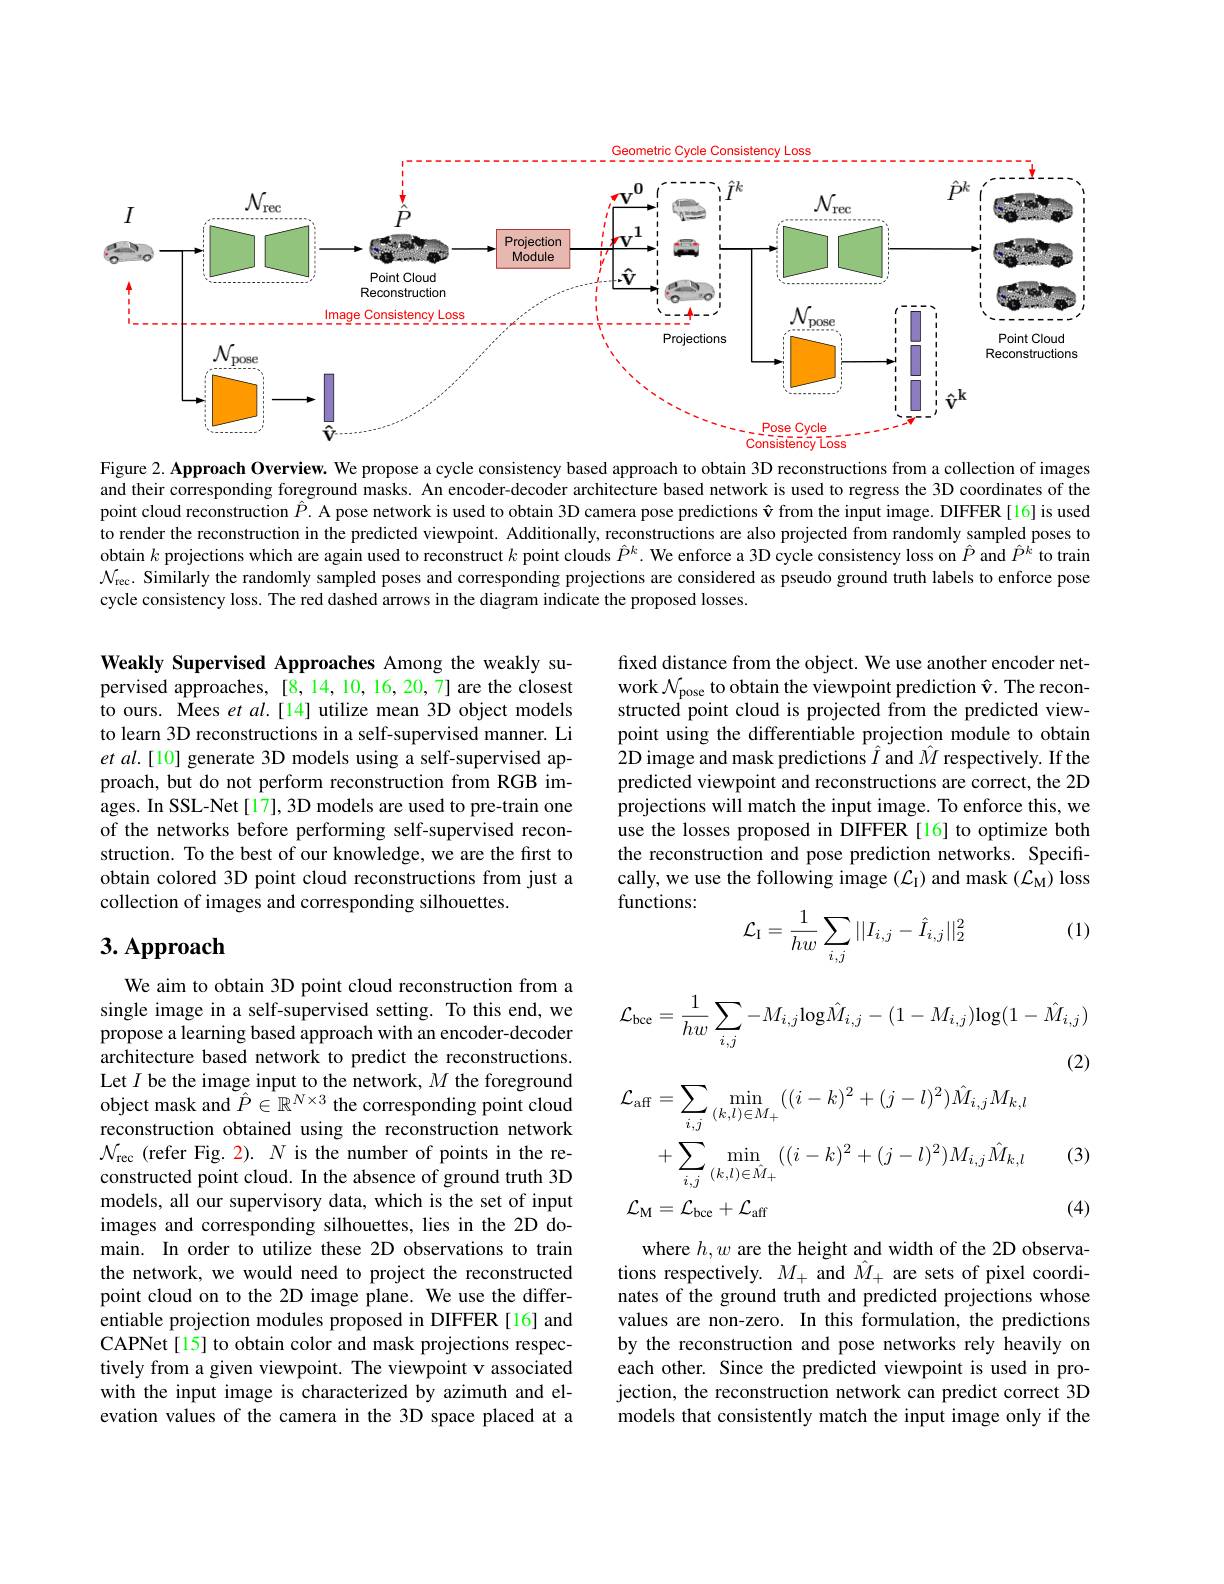
<FigureHere>
Figure 2. Approach Overview. We propose a cycle consistency based approach to obtain 3D reconstructions from a collection of images

and their corresponding foreground masks. An encoder-decoder architecture based network is used to regress the 3D coordinates of the point cloud reconstruction $\hat{P}.$ A pose network is used to obtain 3D camera pose predictions $\hat{\mathbf{v}}$ from the input image. DIFFER[16] is used to render the reconstruction in the predicted viewpoint. Additionally, reconstructions are also projected from randomly sampled poses to obtain $k$ projections which are again used to reconstruct $k$ point clouds $\hat{P}^k.$ We enforce a 3D cycle consistency loss on $\hat{P}$ and $\hat{P}^k$ to train $\mathcal{N}_\mathrm{rec}.$ Similarly the randomly sampled poses and corresponding projections are considered as pseudo ground truth labels to enforce pose cycle consistency loss. The red dashed arrows in the diagram indicate the proposed losses.

fixed distance from the object. We use another encoder network $\mathcal{N}_\mathrm{pose}$ to obtain the viewpoint prediction $\hat{\mathbf{v}}.$ The reconstructed point cloud is projected from the predicted viewpoint using the differentiable projection module to obtain 2D image and mask predictions $\hat{I}$ and $\hat{M}$ respectively. If the predicted viewpoint and reconstructions are correct, the 2D projections will match the input image. To enforce this, we use the losses proposed in DIFFER [16] to optimize both the reconstruction and pose prediction networks. Specifically, we use the following image $(\mathcal{L}_{\mathrm{I}})$ and mask $(\mathcal{L}_{\mathrm{M}})$ loss functions:

Weakly Supervised Approaches Among the weakly supervised approaches, [8,14,10,16,20,7] are the closest to ours. Mees et al.[14] utilize mean 3D object models to learn 3D reconstructions in a self-supervised manner. Li $etal.[10]$ generate 3D models using a self-supervised approach, but do not perform reconstruction from RGB images. In SSL-Net[17], 3D models are used to pre-train one of the networks before performing self-supervised reconstruction. To the best of our knowledge, we are the first to obtain colored 3D point cloud reconstructions from just a collection of images and corresponding silhouettes.

(1)
$$\mathcal{L}_\mathrm{I}=\frac{1}{hw}\sum_{i,j}||I_{i,j}-\hat{I}_{i,j}||_2^2$$
# $3. \textbf{Approach}$
$$\mathcal{L}_{\mathrm{bce}}=\frac{1}{hw}\sum_{i,j}-M_{i,j}\mathrm{log}\hat{M}_{i,j}-(1-M_{i,j})\mathrm{log}(1-\hat{M}_{i,j})$$
(2)
$$\begin{aligned}&\mathcal{L}_{\mathrm{aff}}=\sum_{i,j}\min_{(k,l)\in M_{+}}((i-k)^{2}+(j-l)^{2})\hat{M}_{i,j}M_{k,l}\\&+\sum_{i,j}\min_{(k,l)\in\hat{M}_{+}}((i-k)^{2}+(j-l)^{2})M_{i,j}\hat{M}_{k,l}\\&\mathcal{L}_{\mathrm{M}}=\mathcal{L}_{\mathrm{bcc}}+\mathcal{L}_{\mathrm{aff}}\end{aligned}$$
(3)

We aim to obtain 3D point cloud reconstruction from a single image in a self-supervised setting. To this end, we propose a learning based approach with an encoder-decoder architecture based network to predict the reconstructions $\begin{array}{l}{\mathrm{Let~}I\text{ be the image input to the network,}M\text{ the foreground}}\\{\mathrm{object~mask~and~}\hat{P}\in\mathbb{R}^{N\times3}\text{ the corresponding point cloud}}\end{array}$ reconstruction obtained using the reconstruction network $\mathcal{N}_{\mathrm{rec}}$ (refer Fig. 2). $N$ is the number of points in the reconstructed point cloud. In the absence of ground truth 3D models, all our supervisory data, which is the set of input images and corresponding silhouettes, lies in the 2D domain. In order to utilize these 2D observations to train the network, we would need to project the reconstructed point cloud on to the 2D image plane. We use the differentiable projection modules proposed in DIFFER [16] and CAPNet[15] to obtain color and mask projections respectively from a given viewpoint. The viewpoint v associated with the input image is characterized by azimuth and elevation values of the camera in the 3D space placed at a

(4)

where $h,w$ are the height and width of the 2D observations respectively. $M_+$ and $\hat{M}_+$ are sets of pixel coordinates of the ground truth and predicted projections whose values are non-zero. In this formulation, the predictions by the reconstruction and pose networks rely heavily on each other. Since the predicted viewpoint is used in projection, the reconstruction network can predict correct 3D models that consistently match the input image only if the